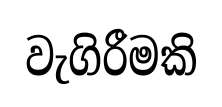
වැගිරීමකි